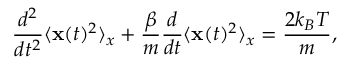
\frac { d ^ { 2 } } { d t ^ { 2 } } \langle { \bf x } ( t ) ^ { 2 } \rangle _ { x } + \frac { \beta } { m } \frac { d } { d t } \langle { \bf x } ( t ) ^ { 2 } \rangle _ { x } = \frac { 2 k _ { B } T } { m } ,